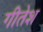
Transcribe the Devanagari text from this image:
गीतेश